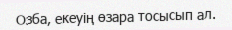
Озба, екеуің өзара тосысып ал.